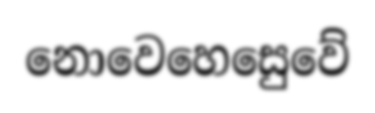
නොවෙහෙසෙුවේ